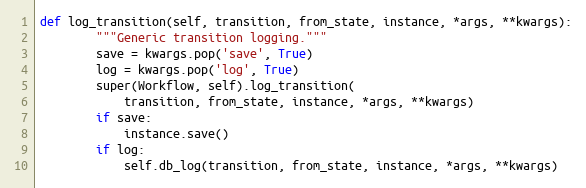
Language: Python
def log_transition(self, transition, from_state, instance, *args, **kwargs):
        """Generic transition logging."""
        save = kwargs.pop('save', True)
        log = kwargs.pop('log', True)
        super(Workflow, self).log_transition(
            transition, from_state, instance, *args, **kwargs)
        if save:
            instance.save()
        if log:
            self.db_log(transition, from_state, instance, *args, **kwargs)